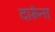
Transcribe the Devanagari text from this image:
दारूंना